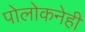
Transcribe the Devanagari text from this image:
पोलोकनेही